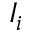
I _ { i }